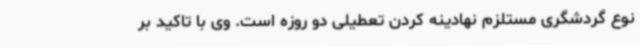
نوع گردشگری مستلزم نهادینه کردن تعطیلی دو روزه است. وی با تاکید بر